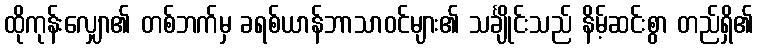
ထိုကုန်းလျှော၏ တစ်ဘက်မှ ခရစ်ယာန်ဘာသာဝင်များ၏ သင်္ချိုင်းသည် နိမ့်ဆင်းစွာ တည်ရှိ၏